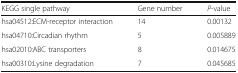
<table><thead><tr><td><b>KEGG single pathway</b></td><td><b>Gene number</b></td><td><b><i>P</i>-value</b></td></tr></thead><tbody><tr><td>hsa04512:ECM-receptor interaction</td><td>14</td><td>0.00132</td></tr><tr><td>hsa04710:Circadian rhythm</td><td>5</td><td>0.005889</td></tr><tr><td>hsa02010:ABC transporters</td><td>8</td><td>0.014675</td></tr><tr><td>hsa00310:Lysine degradation</td><td>7</td><td>0.045685</td></tr></tbody></table>